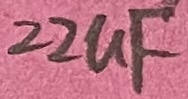
Text: 22uF